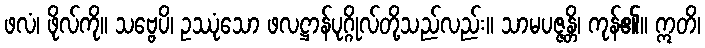
ဖလံ၊ ဖိုလ်ကို။ သဗ္ဗေပိ၊ ဥဿုံသော ဖလဋ္ဌာန်ပုဂ္ဂိုလ်တို့သည်လည်း။ သာမပဇ္ဇန္တိ၊ ကုန်၏။ ဣတိ၊